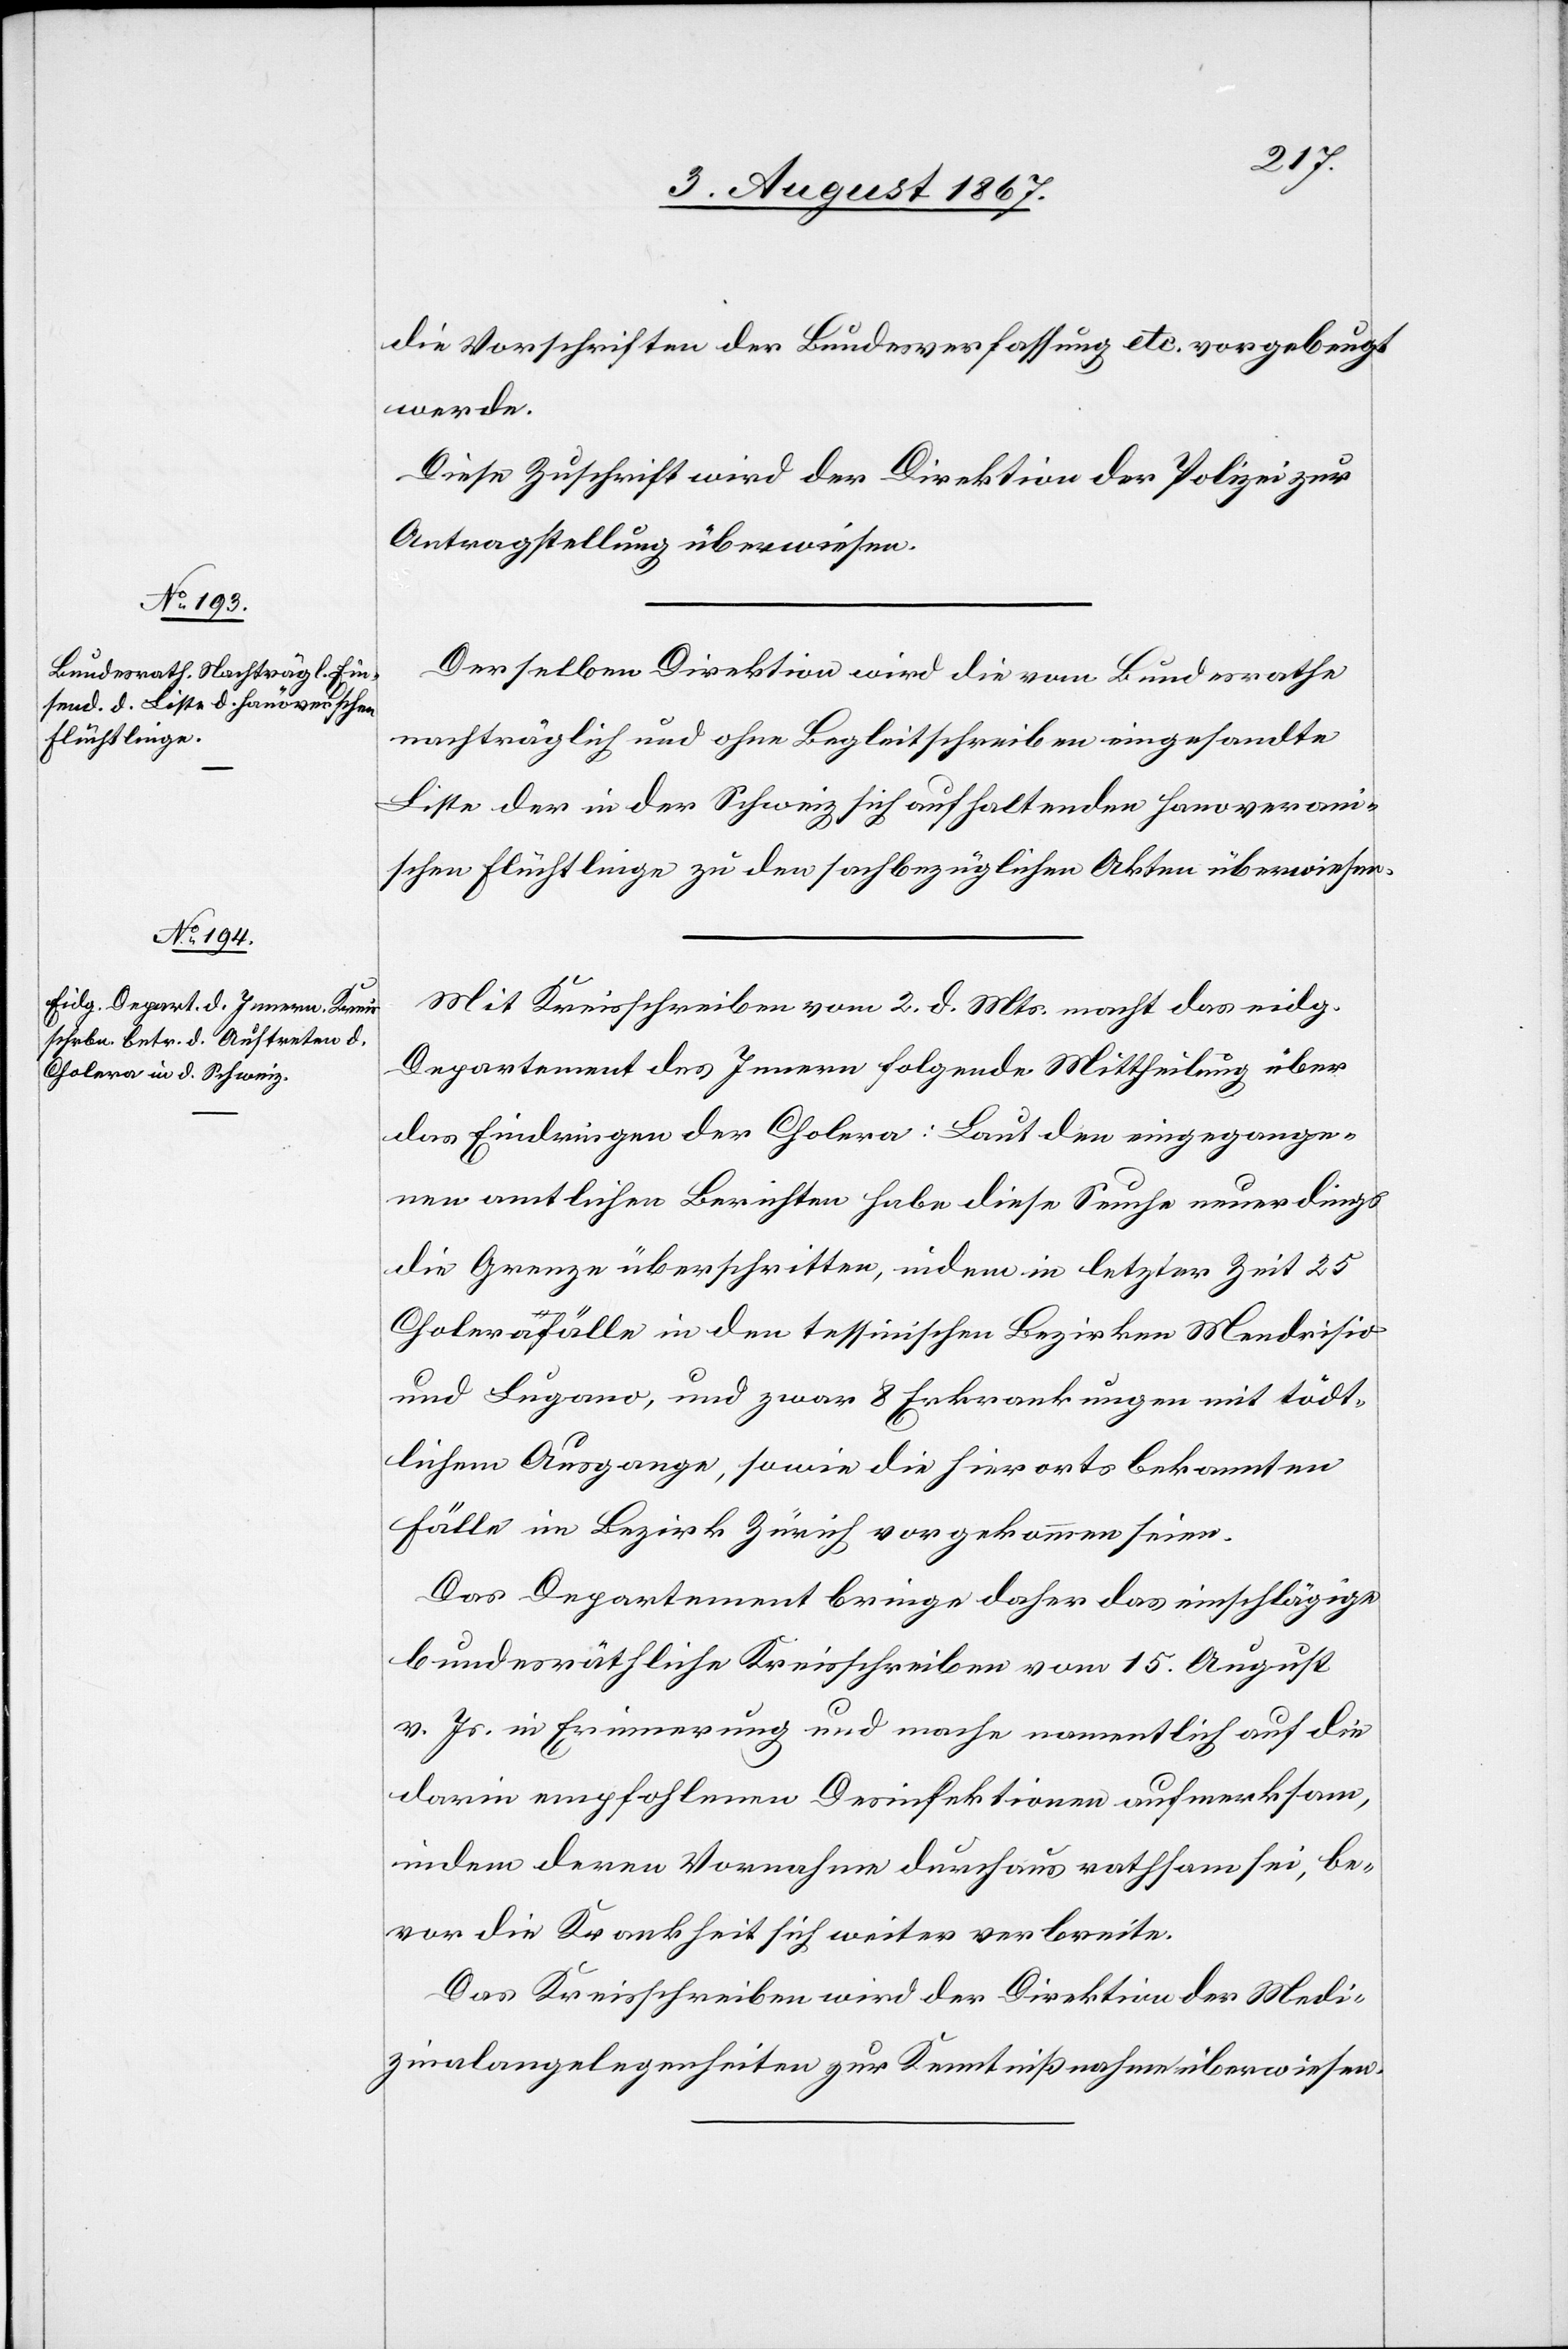
5. August 1867.]
die Vorschriften der Bundesverfassung etc. vorgebeugt
werde.
Diese Zuschrift wird der Direktion der Polizei zur
Antragstellung überwiesen.
Derselben Direktion wird die vom Bundesrathe
nachträglich und ohne Begleitschreiben eingesandte
Liste der in der Schweiz sich aufhaltenden hanoverani¬
schen Flüchtlinge zu den sachbezüglichen Akten überwiesen.
Mit Kreisschreiben vom 2. d. Mts. macht das eidg.
Departement des Innern folgende Mittheilung über
das Eindringen der Cholera: Laut den eingegange¬
nen amtlichen Berichten habe diese Seuche neuerdings
die Grenze überschritten, indem in letzter Zeit 25
Cholerafälle in den tessinischen Bezirken Mendrisio
und Lugano, und zwar 8 Erkrankungen mit tödt¬
lichem Ausgange, sowie die hierorts bekannten
Fälle im Bezirk Zürich vorgekommen seien.
Das Departement bringe daher das einschlägige
bundesräthliche Kreisschreiben vom 15. August
v. Js. in Erinnerung und mache namentlich auf die
darin empfohlenen Desinfektionen aufmerksam,
indem deren Vornahme durchaus rathsam sei, be¬
vor die Krankheit sich weiter verbreite.
Das Kreisschreiben wird der Direktion der Medi¬
zinalangelegenheiten zur Kenntnißnahme überwiesen.